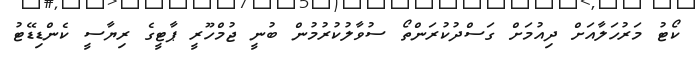
ކޯޓު މަރުހަލާއަށް ދިއުމަށް ގަސްދުކުރަންތޯ ސުވާލުކުރުމުން ބުނީ ޖުމްހޫރީ ޕާޓީގެ ރިޔާސީ ކެންޑިޑޭޓު